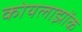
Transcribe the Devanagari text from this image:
कोयलाझोंक